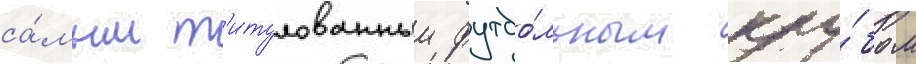
са́мым т'итулованным футбо́льным клу́бом